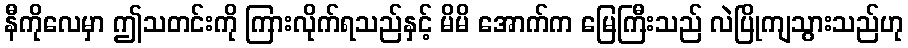
နီကိုလေမှာ ဤသတင်းကို ကြားလိုက်ရသည်နှင့် မိမိ အောက်က မြေကြီးသည် လဲပြိုကျသွားသည်ဟု